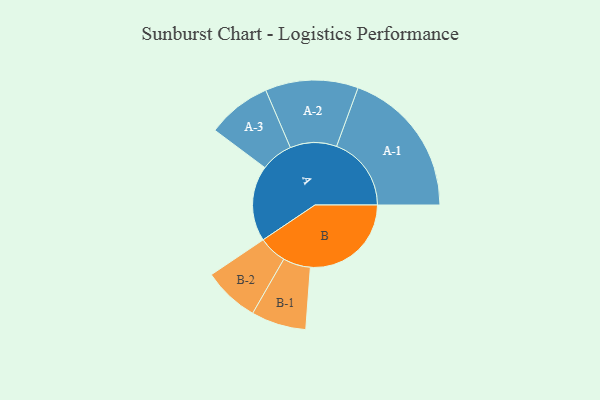
{"axis": {"x": "Segment", "y": "Value"}, "legend": ["", "A", "B"], "data": [{"x": "A", "y": 275, "type": ""}, {"x": "B", "y": 367, "type": ""}, {"x": "A-1", "y": 272, "type": "A"}, {"x": "A-2", "y": 169, "type": "A"}, {"x": "A-3", "y": 117, "type": "A"}, {"x": "B-1", "y": 100, "type": "B"}, {"x": "B-2", "y": 102, "type": "B"}]}